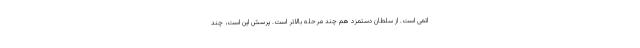
اتمی است. از سلطان دستمزد هم چند مرحله بالاتر است. پرسش این است، چند